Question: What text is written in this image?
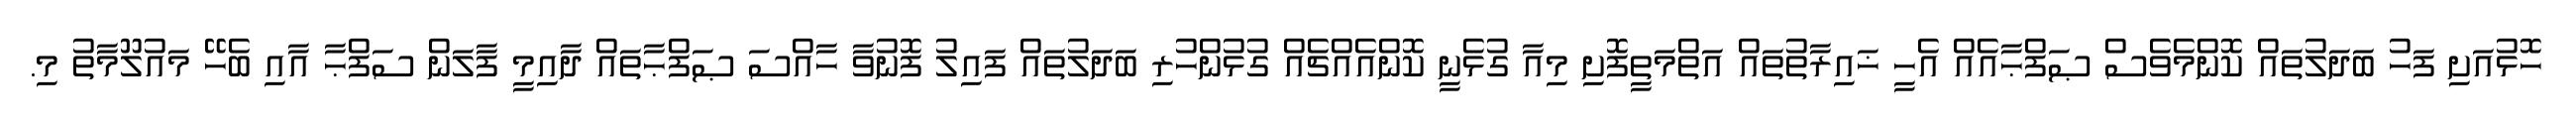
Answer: ހޮޅުއަށި ފަހު ބަދަލުތައް ކޮންމެވެސް ޞަފްޙާއެއް އެހީ ޚައިރާތުތައް އަތްމަތީފޮށި މިއާ ގުޅެނީ ކޮންއެއްޗެއް ގުޅުންހުރި ބަދަލުތައް ފައިލު ފޮނުވާ ހާއްސަ ޞަފްޙާތައް ދާއިމީ ފާލަން ސަފްޙާ އާއި ބެހޭ މައުލޫމާތު މި.